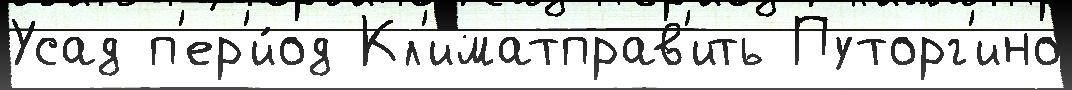
Усад п'ер'и́од Кл'иматправ'ить Путорг'ино